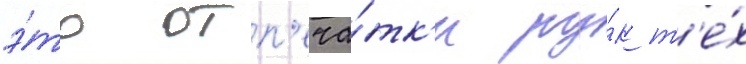
э́то отп'еча́тк'и ру́к т'е́х